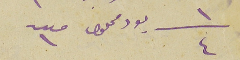
١/٤ يود محلول عدد ١